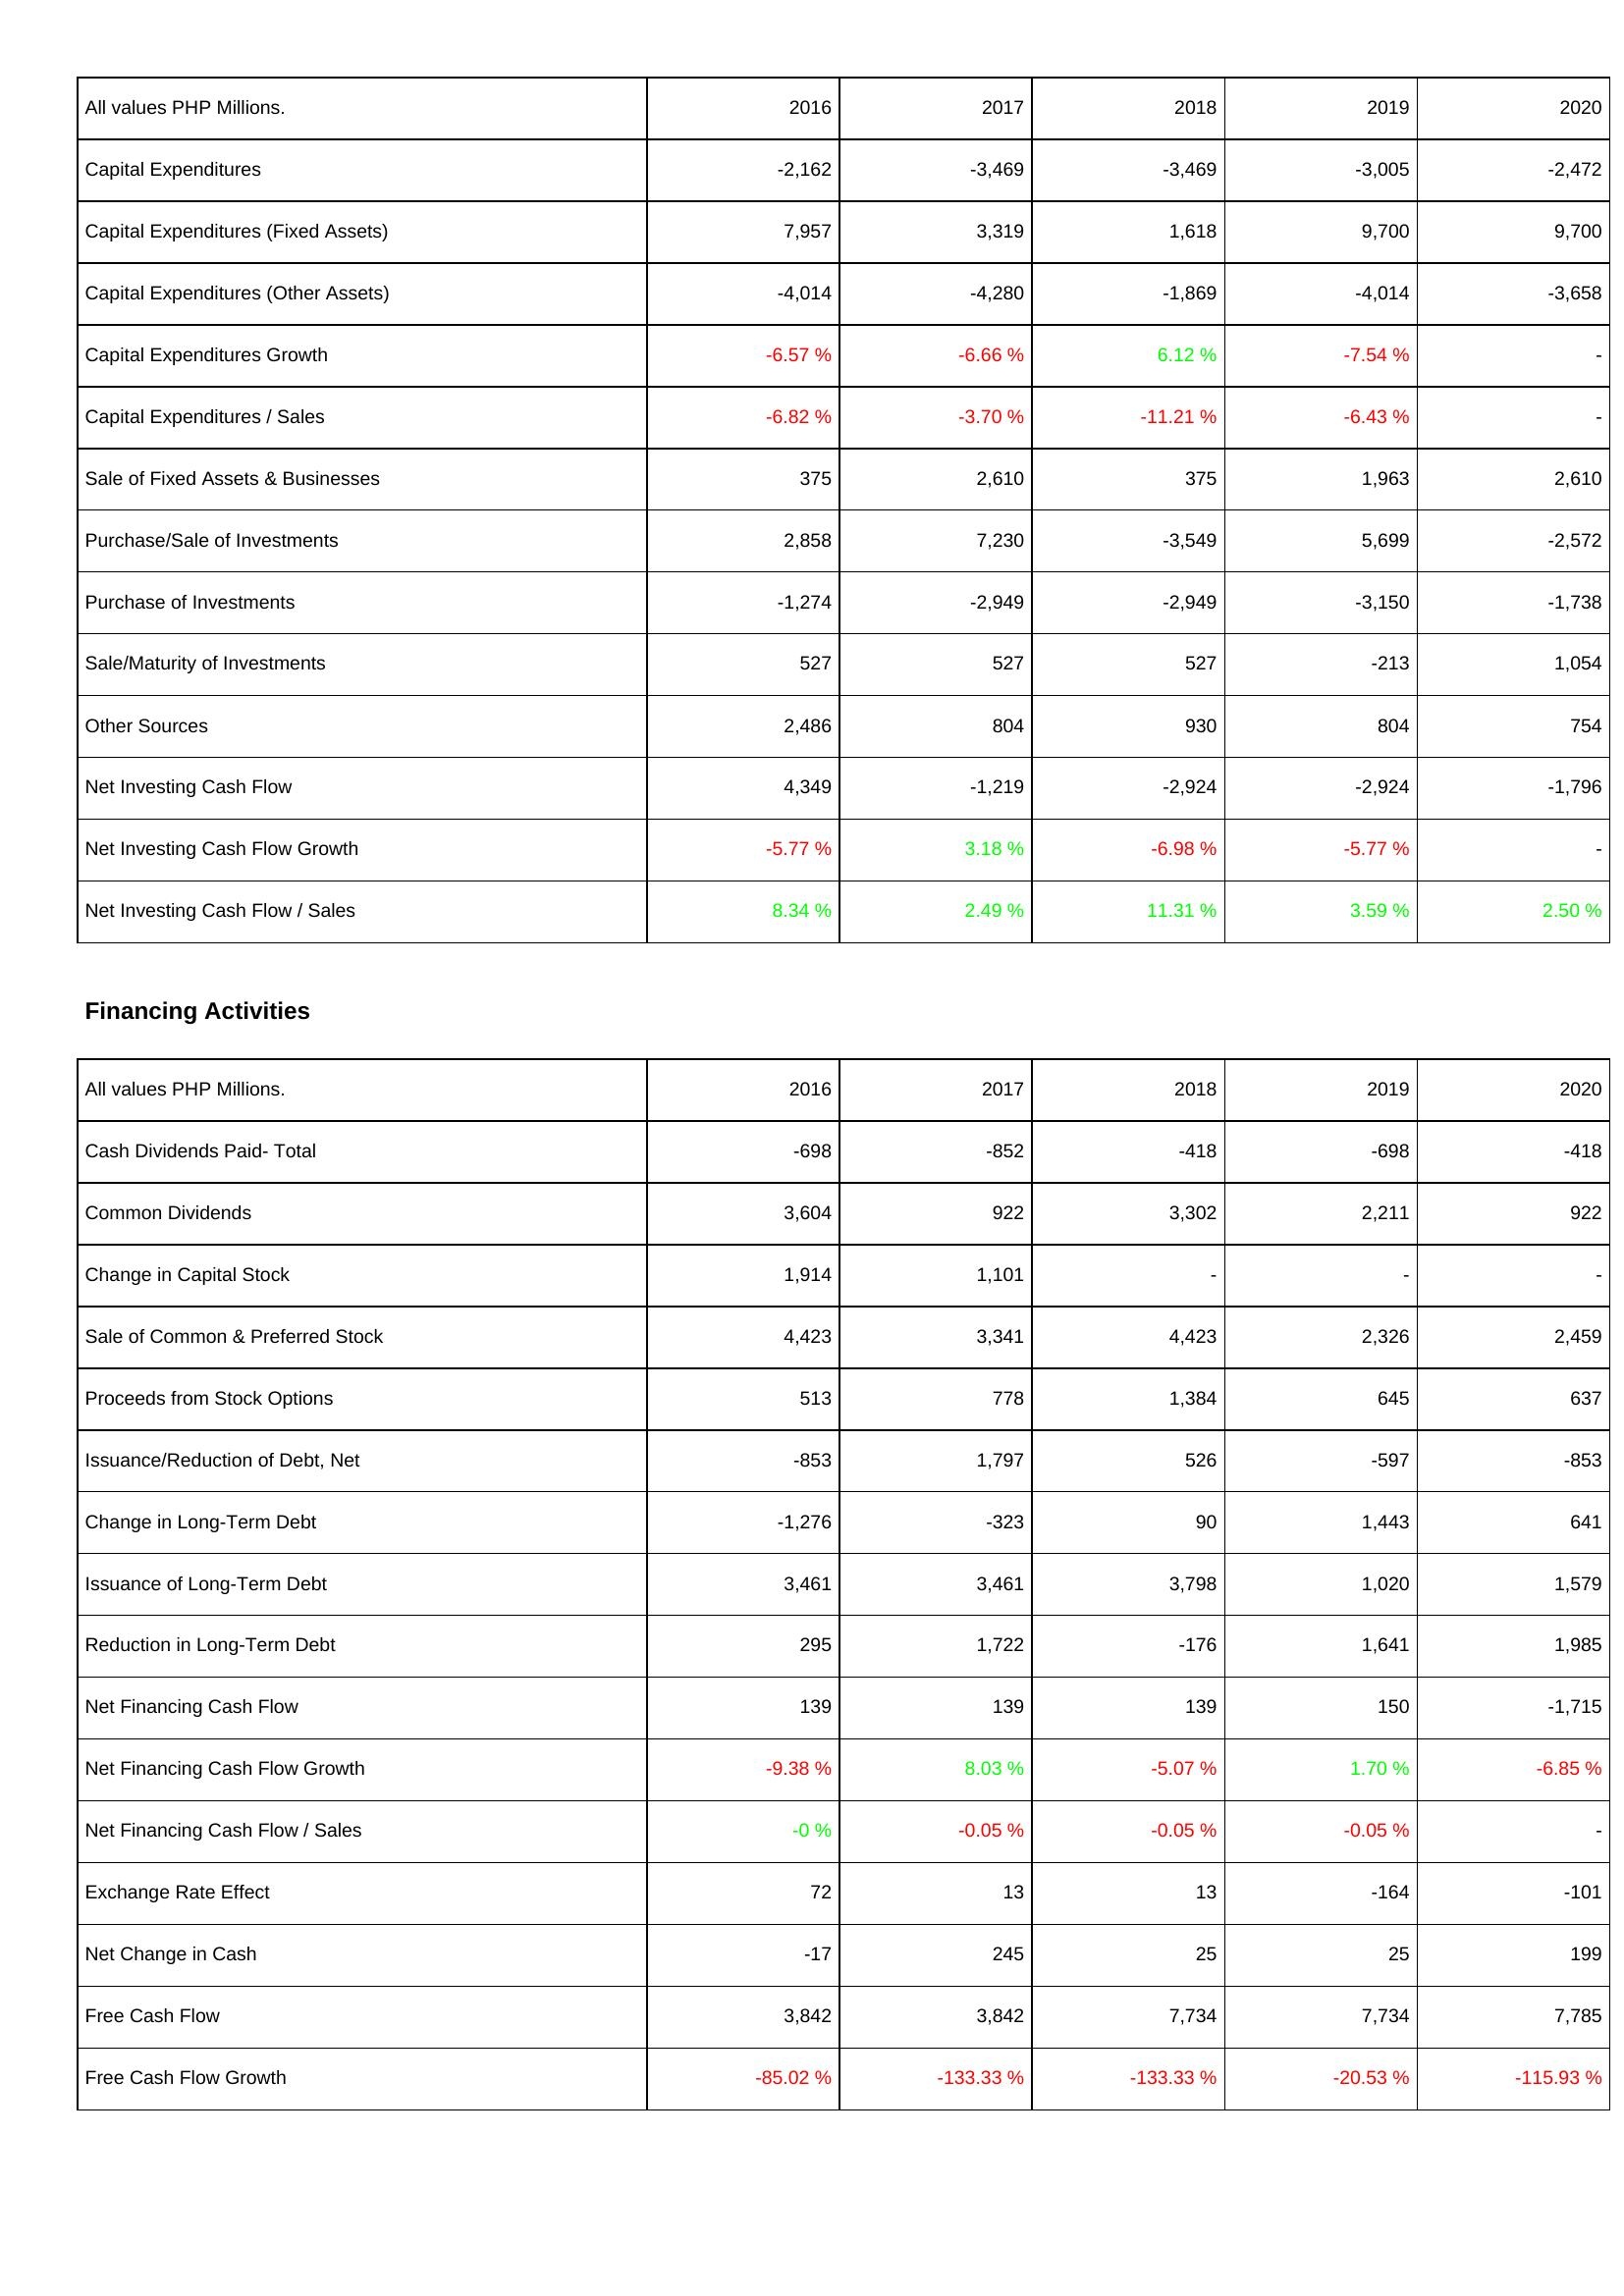
2016: Investing Activities: Capital Expenditures: -2,162
Capital Expenditures (Fixed Assets): 7,957
Capital Expenditures (Other Assets): -4,014
Capital Expenditures Growth: -6.57 %
Capital Expenditures / Sales: -6.82 %
Sale of Fixed Assets & Businesses: 375
Purchase/Sale of Investments: 2,858
Purchase of Investments: -1,274
Sale/Maturity of Investments: 527
Other Sources: 2,486
Net Investing Cash Flow: 4,349
Net Investing Cash Flow Growth: -5.77 %
Net Investing Cash Flow / Sales: 8.34 %
Financing Activities: Cash Dividends Paid- Total: -698
Common Dividends: 3,604
Change in Capital Stock: 1,914
Sale of Common & Preferred Stock: 4,423
Proceeds from Stock Options: 513
Issuance/Reduction of Debt, Net: -853
Change in Long-Term Debt: -1,276
Issuance of Long-Term Debt: 3,461
Reduction in Long-Term Debt: 295
Net Financing Cash Flow: 139
Net Financing Cash Flow Growth: -9.38 %
Net Financing Cash Flow / Sales: -0 %
Exchange Rate Effect: 72
Net Change in Cash: -17
Free Cash Flow: 3,842
Free Cash Flow Growth: -85.02 %
2017: Investing Activities: Capital Expenditures: -3,469
Capital Expenditures (Fixed Assets): 3,319
Capital Expenditures (Other Assets): -4,280
Capital Expenditures Growth: -6.66 %
Capital Expenditures / Sales: -3.70 %
Sale of Fixed Assets & Businesses: 2,610
Purchase/Sale of Investments: 7,230
Purchase of Investments: -2,949
Sale/Maturity of Investments: 527
Other Sources: 804
Net Investing Cash Flow: -1,219
Net Investing Cash Flow Growth: 3.18 %
Net Investing Cash Flow / Sales: 2.49 %
Financing Activities: Cash Dividends Paid- Total: -852
Common Dividends: 922
Change in Capital Stock: 1,101
Sale of Common & Preferred Stock: 3,341
Proceeds from Stock Options: 778
Issuance/Reduction of Debt, Net: 1,797
Change in Long-Term Debt: -323
Issuance of Long-Term Debt: 3,461
Reduction in Long-Term Debt: 1,722
Net Financing Cash Flow: 139
Net Financing Cash Flow Growth: 8.03 %
Net Financing Cash Flow / Sales: -0.05 %
Exchange Rate Effect: 13
Net Change in Cash: 245
Free Cash Flow: 3,842
Free Cash Flow Growth: -133.33 %
2018: Investing Activities: Capital Expenditures: -3,469
Capital Expenditures (Fixed Assets): 1,618
Capital Expenditures (Other Assets): -1,869
Capital Expenditures Growth: 6.12 %
Capital Expenditures / Sales: -11.21 %
Sale of Fixed Assets & Businesses: 375
Purchase/Sale of Investments: -3,549
Purchase of Investments: -2,949
Sale/Maturity of Investments: 527
Other Sources: 930
Net Investing Cash Flow: -2,924
Net Investing Cash Flow Growth: -6.98 %
Net Investing Cash Flow / Sales: 11.31 %
Financing Activities: Cash Dividends Paid- Total: -418
Common Dividends: 3,302
Change in Capital Stock: -
Sale of Common & Preferred Stock: 4,423
Proceeds from Stock Options: 1,384
Issuance/Reduction of Debt, Net: 526
Change in Long-Term Debt: 90
Issuance of Long-Term Debt: 3,798
Reduction in Long-Term Debt: -176
Net Financing Cash Flow: 139
Net Financing Cash Flow Growth: -5.07 %
Net Financing Cash Flow / Sales: -0.05 %
Exchange Rate Effect: 13
Net Change in Cash: 25
Free Cash Flow: 7,734
Free Cash Flow Growth: -133.33 %
2019: Investing Activities: Capital Expenditures: -3,005
Capital Expenditures (Fixed Assets): 9,700
Capital Expenditures (Other Assets): -4,014
Capital Expenditures Growth: -7.54 %
Capital Expenditures / Sales: -6.43 %
Sale of Fixed Assets & Businesses: 1,963
Purchase/Sale of Investments: 5,699
Purchase of Investments: -3,150
Sale/Maturity of Investments: -213
Other Sources: 804
Net Investing Cash Flow: -2,924
Net Investing Cash Flow Growth: -5.77 %
Net Investing Cash Flow / Sales: 3.59 %
Financing Activities: Cash Dividends Paid- Total: -698
Common Dividends: 2,211
Change in Capital Stock: -
Sale of Common & Preferred Stock: 2,326
Proceeds from Stock Options: 645
Issuance/Reduction of Debt, Net: -597
Change in Long-Term Debt: 1,443
Issuance of Long-Term Debt: 1,020
Reduction in Long-Term Debt: 1,641
Net Financing Cash Flow: 150
Net Financing Cash Flow Growth: 1.70 %
Net Financing Cash Flow / Sales: -0.05 %
Exchange Rate Effect: -164
Net Change in Cash: 25
Free Cash Flow: 7,734
Free Cash Flow Growth: -20.53 %
2020: Investing Activities: Capital Expenditures: -2,472
Capital Expenditures (Fixed Assets): 9,700
Capital Expenditures (Other Assets): -3,658
Capital Expenditures Growth: -
Capital Expenditures / Sales: -
Sale of Fixed Assets & Businesses: 2,610
Purchase/Sale of Investments: -2,572
Purchase of Investments: -1,738
Sale/Maturity of Investments: 1,054
Other Sources: 754
Net Investing Cash Flow: -1,796
Net Investing Cash Flow Growth: -
Net Investing Cash Flow / Sales: 2.50 %
Financing Activities: Cash Dividends Paid- Total: -418
Common Dividends: 922
Change in Capital Stock: -
Sale of Common & Preferred Stock: 2,459
Proceeds from Stock Options: 637
Issuance/Reduction of Debt, Net: -853
Change in Long-Term Debt: 641
Issuance of Long-Term Debt: 1,579
Reduction in Long-Term Debt: 1,985
Net Financing Cash Flow: -1,715
Net Financing Cash Flow Growth: -6.85 %
Net Financing Cash Flow / Sales: -
Exchange Rate Effect: -101
Net Change in Cash: 199
Free Cash Flow: 7,785
Free Cash Flow Growth: -115.93 %